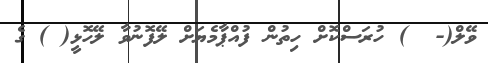
ވޭލް(-  ) ހުރަސްކޮށް ހިތުން ފުއްޕާމެޔަށް ލޭފޮނުވާ ލޭހޮޅީ( ) ގެ